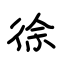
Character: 徐